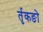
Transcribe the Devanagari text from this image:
र्तृकङो